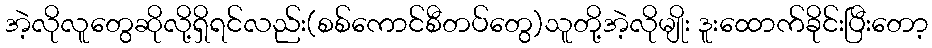
အဲ့လိုလူတွေဆိုလို့ရှိရင်လည်း(စစ်ကောင်စီတပ်တွေ)သူတို့အဲ့လိုမျိုး ဒူးထောက်ခိုင်းပြီးတော့